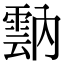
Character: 𩃠